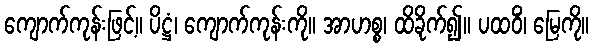
ကျောက်ကုန်းဖြင့်။ ပိဋ္ဌံ၊ ကျောက်ကုန်းကို။ အာဟစ္စ၊ ထိခိုက်၍။ ပထဝိံ၊ မြေကို။